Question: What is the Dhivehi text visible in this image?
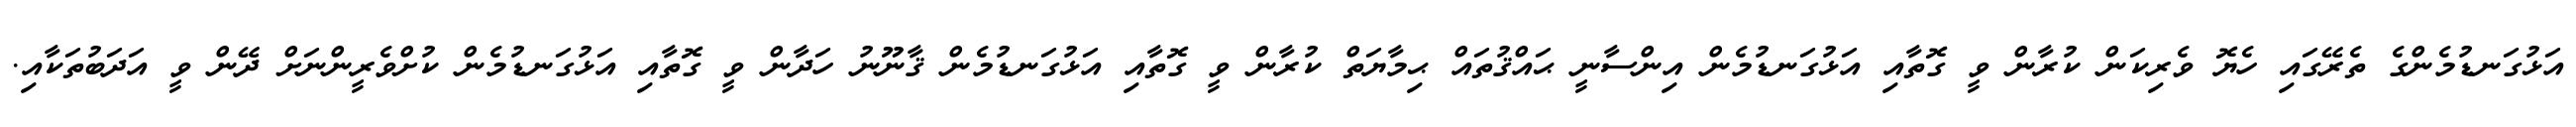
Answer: އަޅުގަނޑުމެންގެ ތެރޭގައި ހެޔޮ ވެރިކަން ކުރާން ވީ ގޮތާއި އަޅުގަނޑުމެން އިންސާނީ ޙައްޤުތައް ޙިމާޔަތް ކުރާން ވީ ގޮތާއި އަޅުގަނޑުމެން ޤާނޫނު ހަދާން ވީ ގޮތާއި އަޅުގަނޑުމެން ކުށްވެރީންނަށް ދޭން ވީ އަދަބުތަކާއި.